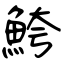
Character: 鮬